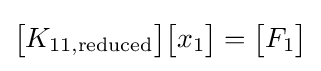
{\begin{bmatrix}K_{11,{\text{reduced}}}\end{bmatrix}}{\begin{bmatrix}x_{1}\end{bmatrix}}={\begin{bmatrix}F_{1}\end{bmatrix}}